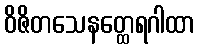
ဝိဇိတသေနတ္ထေရဂါထာ